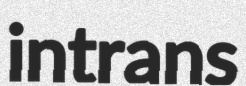
intrans